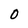
Character: 0